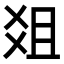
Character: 爼